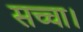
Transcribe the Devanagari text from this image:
सच्चा।